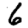
Digit: 6